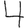
Digit: 4